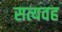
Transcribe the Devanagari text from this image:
सत्यवह